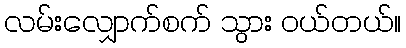
လမ်းလျှောက်စက် သွား ဝယ်တယ်။